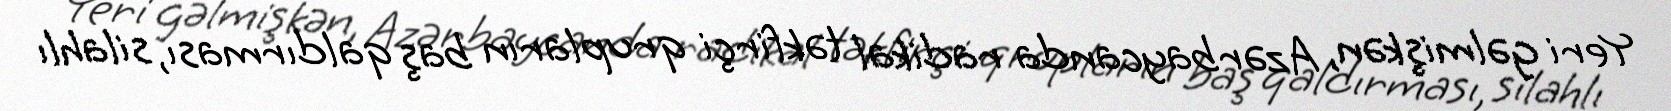
Yeri gəlmişkən, Azərbaycanda radikal təkfirçi qrupların baş qaldırması, silahlı